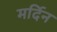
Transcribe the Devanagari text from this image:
मर्दिन